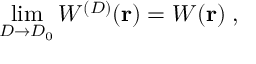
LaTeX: \operatorname * { l i m } _ { { D } \rightarrow { D _ { 0 } } } W ^ { ( { D } ) } ( { \bf r } ) = W ( { \bf r } ) \; ,